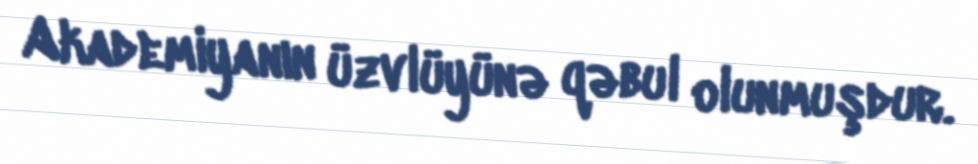
Akademiyanın üzvlüyünə qəbul olunmuşdur.